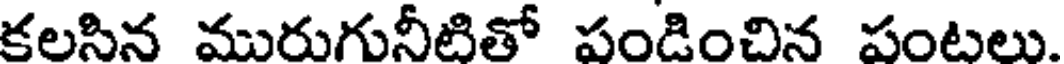
కలసిన మురుగునీటితో పండించిన పంటలు.